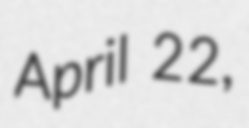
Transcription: April 22,